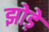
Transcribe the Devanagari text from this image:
झोड़े